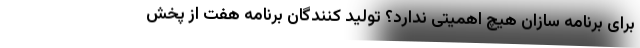
برای برنامه سازان هیچ اهمیتی ندارد؟ تولید کنندگان برنامه هفت از پخش